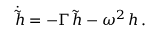
\dot { \tilde { h } } = - \Gamma \, { \tilde { h } } - \omega ^ { 2 } \, h \, .